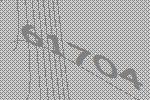
61704